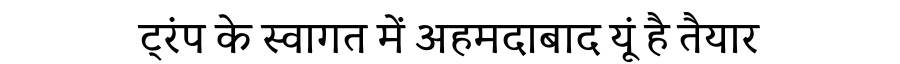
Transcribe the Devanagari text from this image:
ट्रंप के स्वागत में अहमदाबाद यूं है तैयार